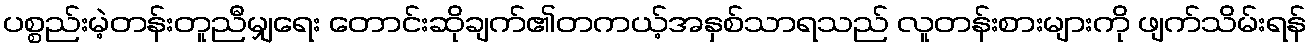
ပစ္စည်းမဲ့တန်းတူညီမျှရေး တောင်းဆိုချက်၏တကယ့်အနှစ်သာရသည် လူတန်းစားများကို ဖျက်သိမ်းရန်